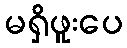
မရှိဖူးပေ